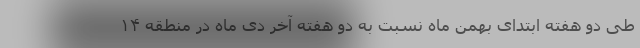
طی دو هفته ابتدای بهمن ماه نسبت به دو هفته آخر دی ماه در منطقه ۱۴